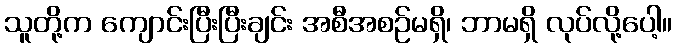
သူတို့က ကျောင်းပြီးပြီးချင်း အစီအစဉ်မရှိ၊ ဘာမရှိ လုပ်လို့ပေါ့။